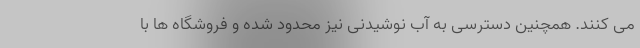
می کنند. همچنین دسترسی به آب نوشیدنی نیز محدود شده و فروشگاه ها با